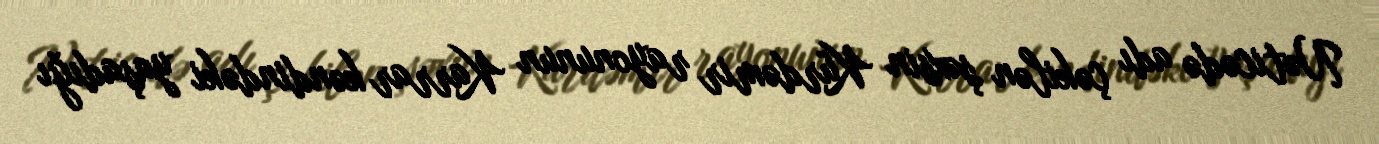
Nəticədə adı çəkilən şəxsin Kürdəmir rayonunun Karrar kəndindəki yaşadığı